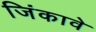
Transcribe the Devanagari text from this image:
जिंकावे